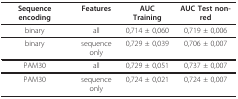
| Sequence encoding | Features | AUC Training | AUC Test non-red |
 | --- | --- | --- | --- |
 | binary | all | 0,714 ± 0,060 | 0,719 ± 0,006 |
 | binary | sequence only | 0,729 ± 0,039 | 0,706 ± 0,007 |
 | PAM30 | all | 0,729 ± 0,051 | 0,737 ± 0,007 |
 | PAM30 | sequence only | 0,724 ± 0,021 | 0,724 ± 0,007 |